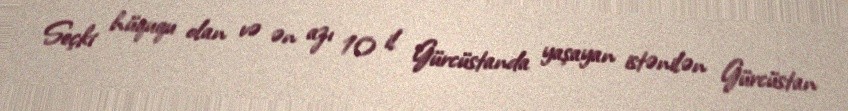
Seçki hüququ olan və ən azı 10 il Gürcüstanda yaşayan istənilən Gürcüstan